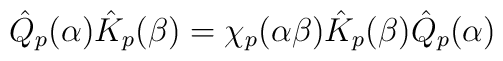
\hat Q_p(\alpha)\hat K_p(\beta)=\chi_p(\alpha\beta)\hat K_p(\beta)\hat Q_p(\alpha)